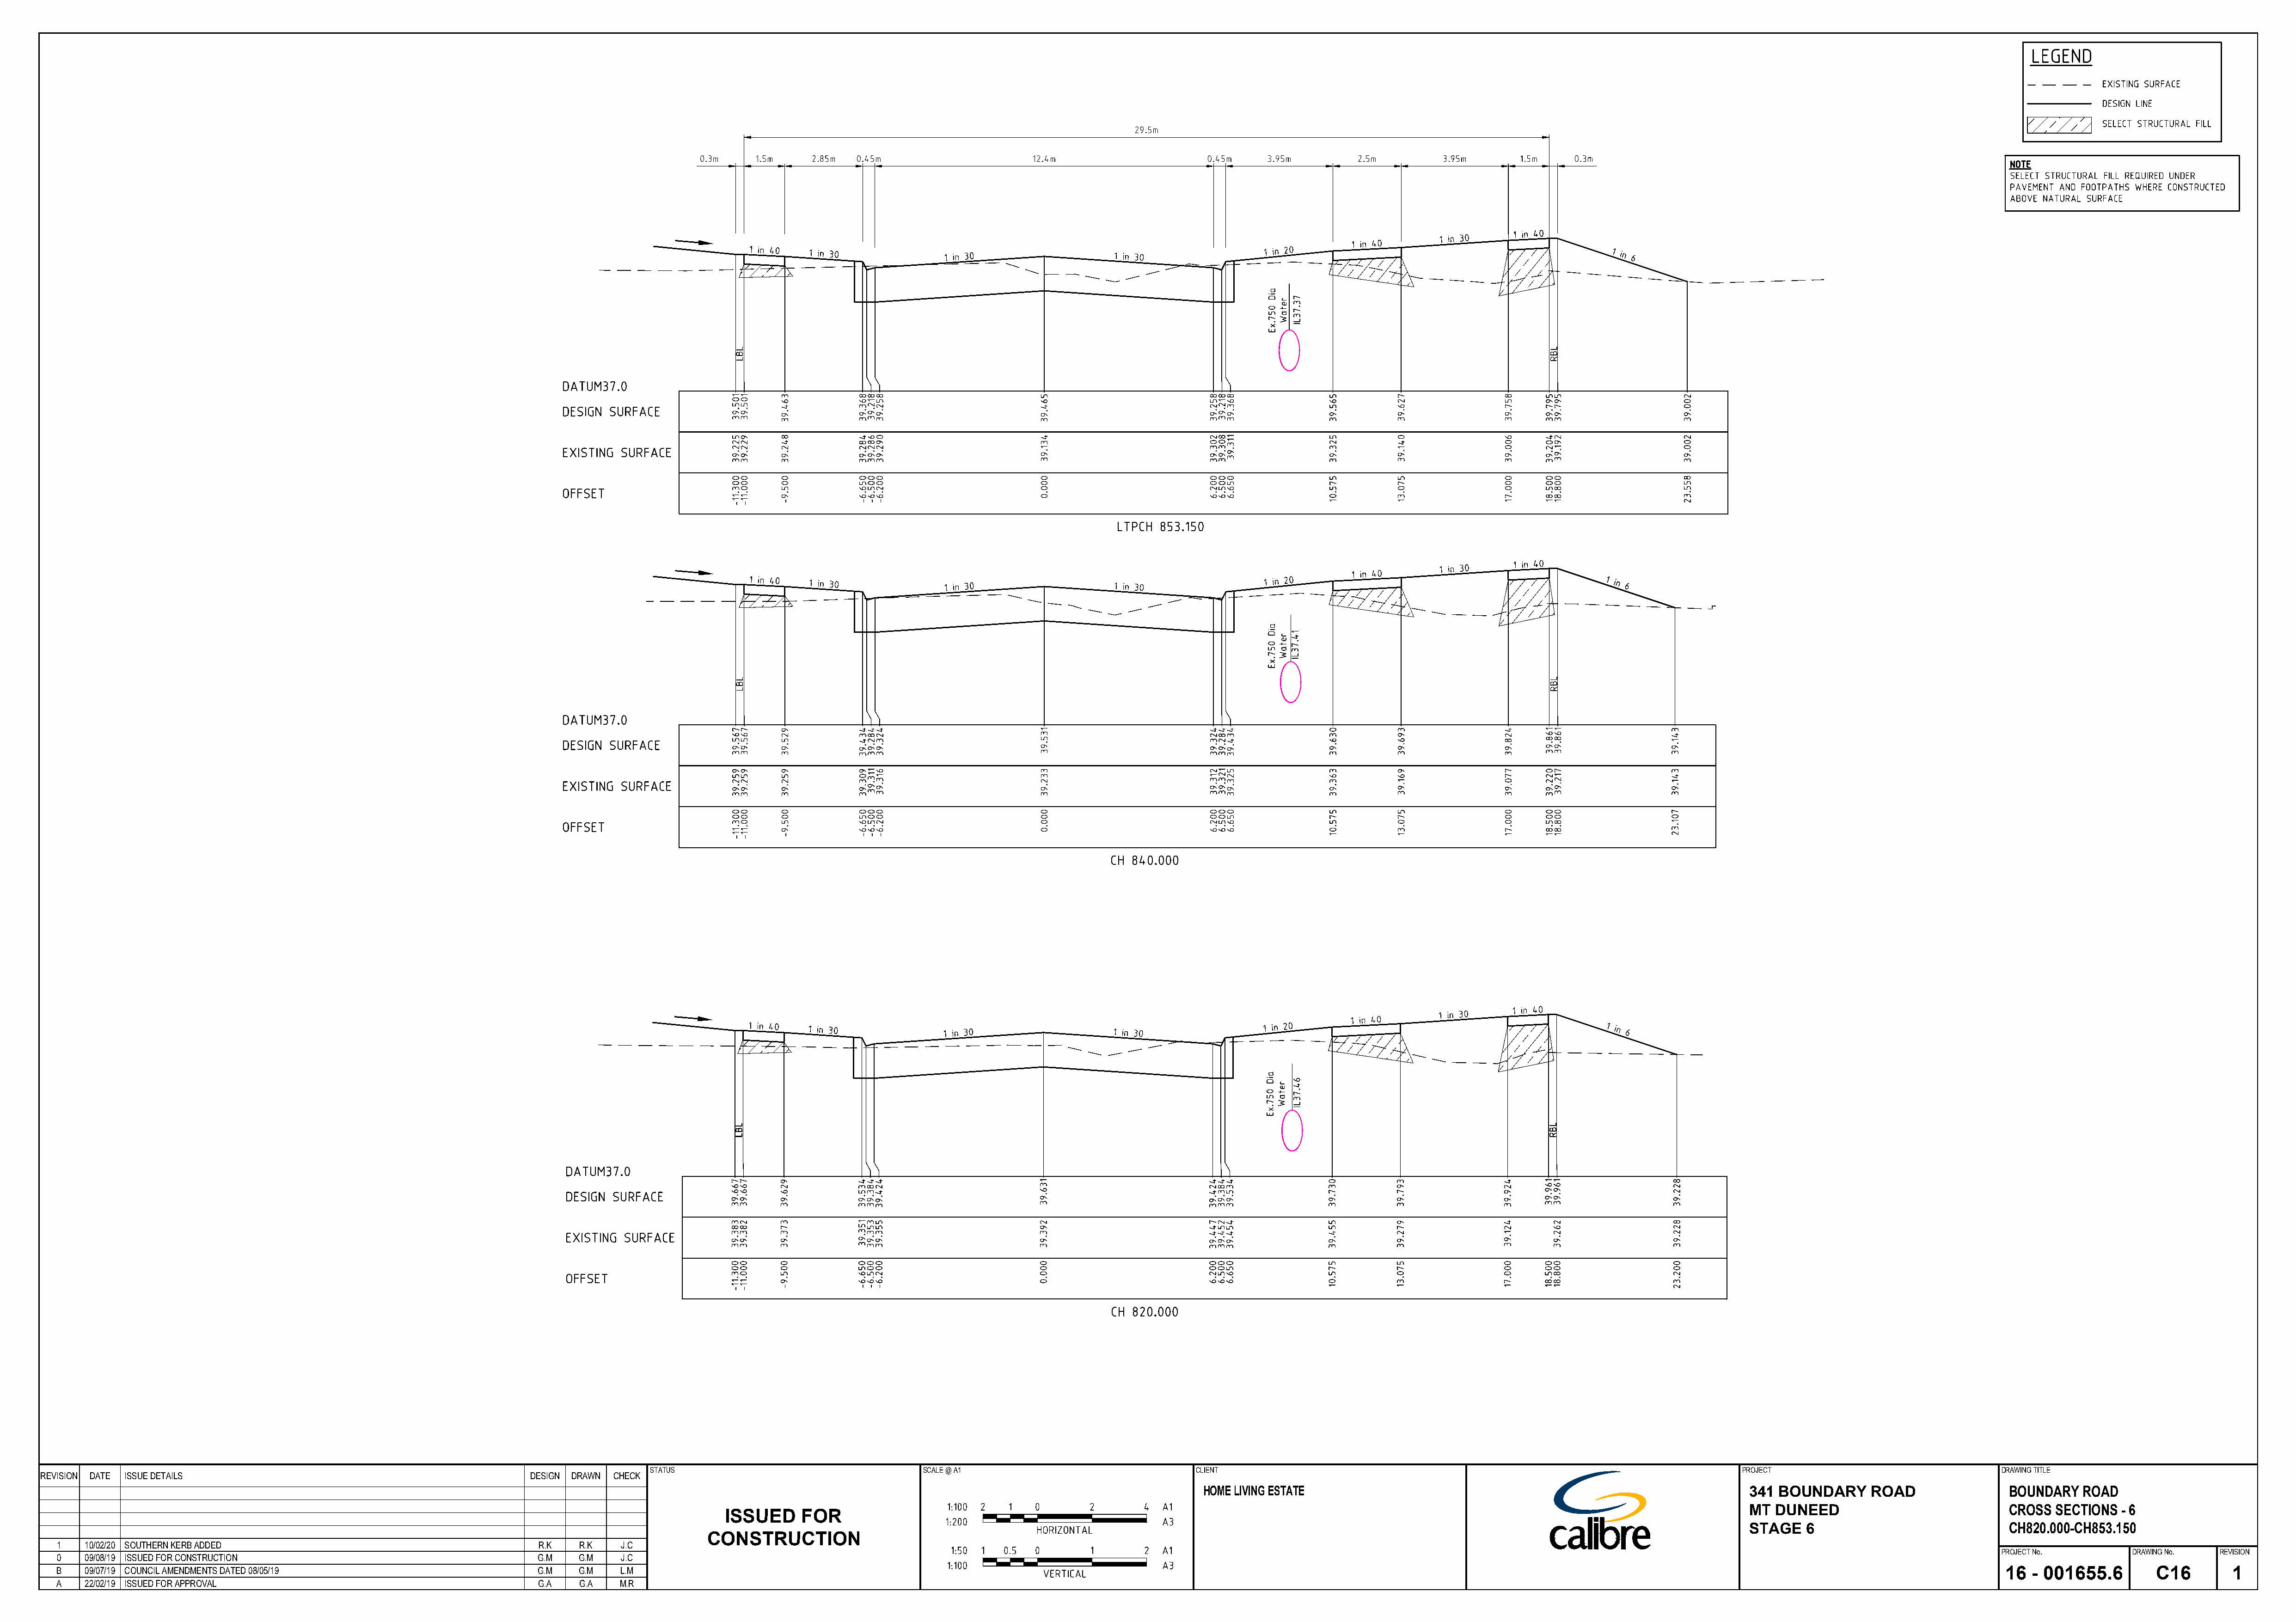
STATUS                                 SCALE @ A1                             CLIENT                                                                        PROJECT                               DRAWING TITLE
 REVISION DATE ISSUE DETAILS                                           DESIGN DRAWN CHECK
 HOME LIVING ESTATE                                                             341 BOUNDARY     ROAD                BOUNDARY  ROAD
 MT DUNEED                            CROSS SECTIONS  - 6
 ISSUED     FOR
 STAGE   6                            CH820.000-CH853.150
 CONSTRUCTION
 1   100220 SOUTHERN KERB ADDED                                       R.K   R.K   J.C
 PROJECT No.       DRAWING No.  REVISION
 0   090819 ISSUED FOR CONSTRUCTION                                   G.M   G.M   J.C
 B   090719 COUNCIL AMENDMENTS DATED 080519                           G.M   G.M   L.M                                                                                                                                                                                                   16  - 001655.6        C16        1
 A   220219 ISSUED FOR APPROVAL                                       G.A   G.A   M.R